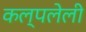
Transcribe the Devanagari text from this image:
कल्पलेली